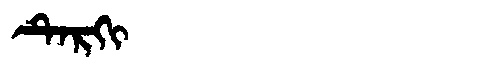
Manchu: ᡨᡝᡵᡴᡳ
Romanization: TERKI